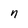
Character: n